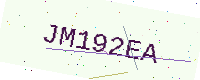
Text: JM192EA